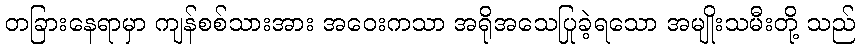
တခြားနေရာမှာ ကျန်စစ်သားအား အဝေးကသာ အရိုအသေပြုခဲ့ရသော အမျိုးသမီးတို့ သည်